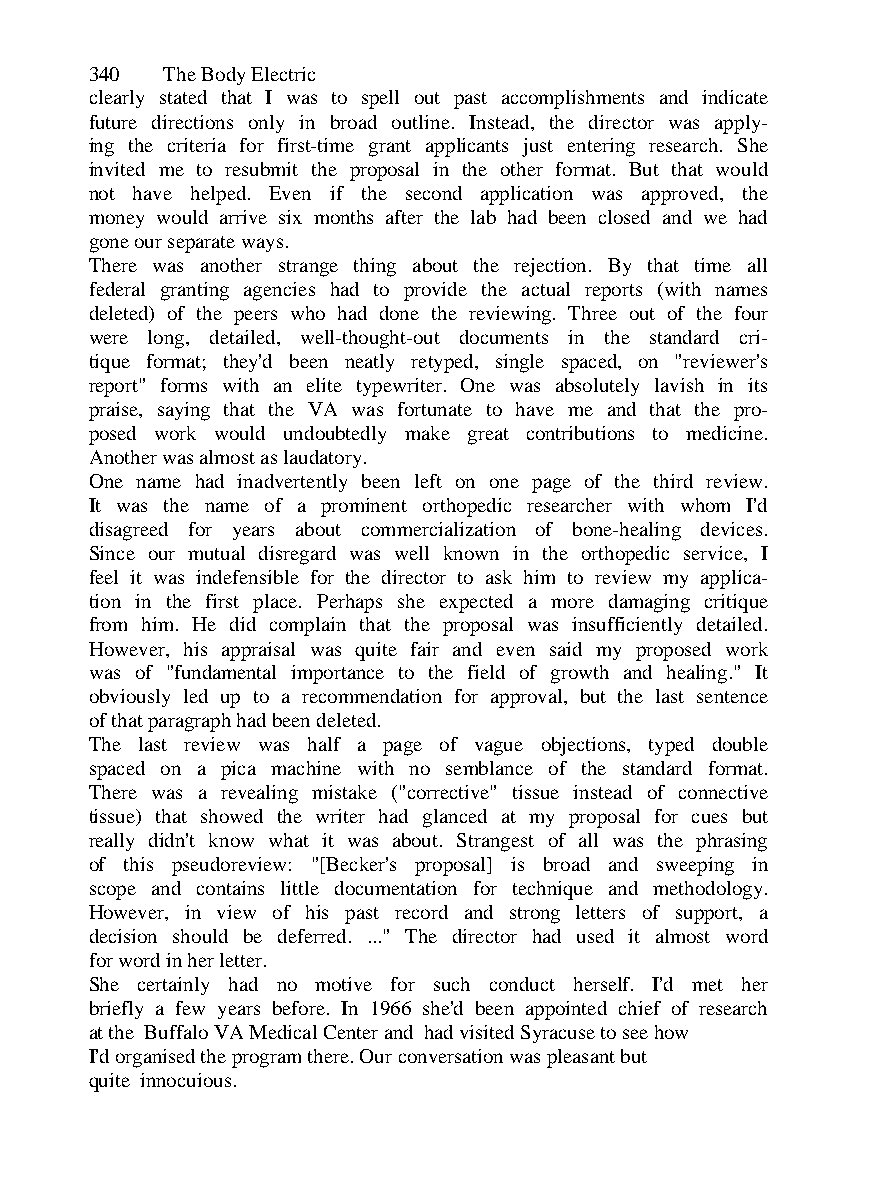
340  The Body Electric
 clearly stated that I was to spell out past accomplishments and indicate
 future directions only in broad outline. Instead, the director was apply-
 ing the criteria for first-time grant applicants just entering research. She
 invited me to resubmit the proposal in the other format. But that would
 not have helped. Even if the second application was approved, the
 money would arrive six months after the lab had been closed and we had
 gone our separate ways.
 There was another strange thing about the rejection. By that time all
 federal granting agencies had to provide the actual reports (with names
 deleted) of the peers who had done the reviewing. Three out of the four
 were long, detailed, well-thought-out documents in the standard cri-
 tique format; they'd been neatly retyped, single spaced, on "reviewer's
 report" forms with an elite typewriter. One was absolutely lavish in its
 praise, saying that the VA was fortunate to have me and that the pro-
 posed work would undoubtedly make great contributions to medicine.
 Another was almost as laudatory.
 One name had inadvertently been left on one page of the third review.
 It was the name of a prominent orthopedic researcher with whom I'd
 disagreed for years about commercialization of bone-healing devices.
 Since our mutual disregard was well known in the orthopedic service, I
 feel it was indefensible for the director to ask him to review my applica-
 tion in the first place. Perhaps she expected a more damaging critique
 from him. He did complain that the proposal was insufficiently detailed.
 However, his appraisal was quite fair and even said my proposed work
 was of "fundamental importance to the field of growth and healing." It
 obviously led up to a recommendation for approval, but the last sentence
 of that paragraph had been deleted.
 The last review was half a page of vague objections, typed double
 spaced on a pica machine with no semblance of the standard format.
 There was a revealing mistake ("corrective" tissue instead of connective
 tissue) that showed the writer had glanced at my proposal for cues but
 really didn't know what it was about. Strangest of all was the phrasing
 of this pseudoreview: "[Becker's proposal] is broad and sweeping in
 scope and contains little documentation for technique and methodology.
 However, in view of his past record and strong letters of support, a
 decision should be deferred. ..." The director had used it almost word
 for word in her letter.
 She certainly had no motive for such conduct herself. I'd met her
 briefly a few years before. In 1966 she'd been appointed chief of research
 at the Buffalo VA Medical Center and had visited Syracuse to see how
 I'd organised the program there. Our conversation was pleasant but
 quite innocuious.